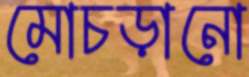
মোচড়ানো